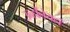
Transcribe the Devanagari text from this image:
उन्होंनेयहां